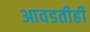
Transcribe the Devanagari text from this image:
आवडतीही